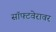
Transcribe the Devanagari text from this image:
सॉफ्टवेरावर